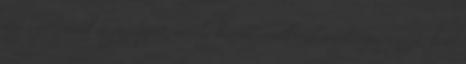
tigrispitonnak a gazdáját, amely három rendkívül értékes papagájt, keát